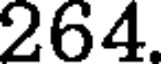
264.